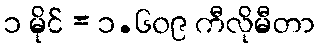
၁ မိုင် = ၁.၆၀၉ ကီလိုမီတာ